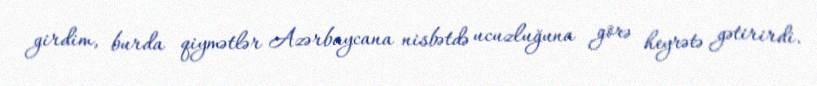
girdim, burda qiymətlər Azərbaycana nisbətdə ucuzluğuna görə heyrətə gətirirdi.